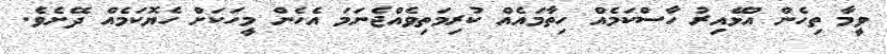
ވީމާ ތިހެން އުޅޭއިރު ހާސްކަމެއް ހިތާމައެއް ކުރިމަތިވެއްޖެނަމަ އެހެން މީހަކަށް ހެޔޮކަމެއް ދޭށެވެ.